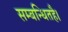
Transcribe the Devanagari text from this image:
सम्बन्धितहै।